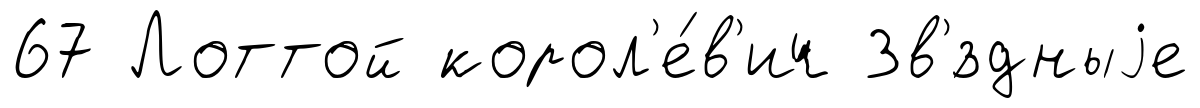
67 Лоттой корол'е́в'ич Зв'́здныjе